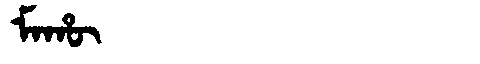
Manchu: ᠮᠠᡥᡡ
Romanization: MAHŪ